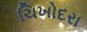
ચિખોદરા